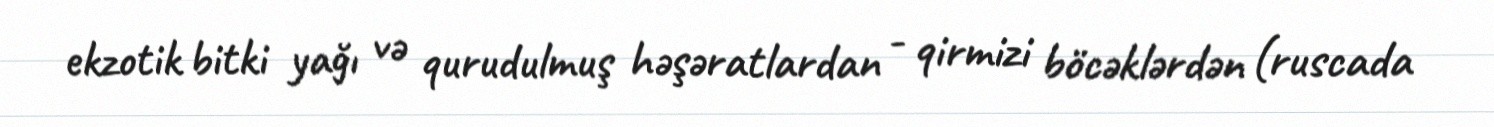
ekzotik bitki yağı və qurudulmuş həşəratlardan - qirmizi böcəklərdən (ruscada